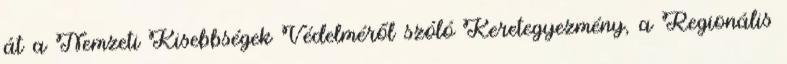
át a Nemzeti Kisebbségek Védelméről szóló Keretegyezmény, a Regionális